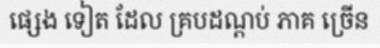
ផ្សេង ទៀត ដែល គ្របដណ្តប់ ភាគ ច្រើន